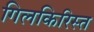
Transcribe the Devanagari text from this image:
गिलकिरिस्त